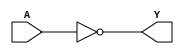
`timescale  1ns /  10ps

`celldefine

/* NOT */

module inv (
  input  wire A ,
  output wire Y );
  not (Y, A);
endmodule


/* BUFIF1 */

module tribuf (
  input  wire A ,
  input  wire E ,
  output wire Y );
  bufif1 (Y, A, E);
endmodule


/* AND */


/* NAND */

module nd2 (
  input  wire A ,
  input  wire B ,
  output wire Y );
  nand (Y, A, B);
endmodule

module nd3 (
  input  wire A ,
  input  wire B ,
  input  wire C ,
  output wire Y );
  nand (Y, A, B, C);
endmodule

module nd8 (
  input  wire A ,
  input  wire B ,
  input  wire C ,
  input  wire D ,
  input  wire E ,
  input  wire F ,
  input  wire G ,
  input  wire H ,
  output wire Y );
  nand (Y, A, B, C, D, E, F, G, H);
endmodule


/* OR */

module or2 (
  input  wire A ,
  input  wire B ,
  output wire Y );
  or (Y, A, B);
endmodule


/* NOR */

module nr2 (
  input  wire A ,
  input  wire B ,
  output wire Y );
  nor (Y, A, B);
endmodule

module nr3 (
  input  wire A ,
  input  wire B ,
  input  wire C ,
  output wire Y );
  nor (Y, A, B, C);
endmodule


/* AND-OR-INV */

module ao21 (
  input  wire A ,
  input  wire B ,
  input  wire C ,
  output wire Y );
  and (ab, A, B);
  nor (Y, ab, C);
endmodule

module ao211 (
  input  wire A ,
  input  wire B ,
  input  wire C ,
  input  wire D ,
  output wire Y );
  and (ab, A, B);
  nor (Y, ab, C, D);
endmodule


/* OR-AND-INV */

module oa21 (
  input  wire A ,
  input  wire B ,
  input  wire C ,
  output wire Y );
  or (ab, A, B);
  nand (Y, ab, C);
endmodule

module oa211 (
  input  wire A ,
  input  wire B ,
  input  wire C ,
  input  wire D ,
  output wire Y );
  or (ab, A, B);
  nand (Y, ab, C, D);
endmodule


/* D-TYPE FLIP-FLOPS */
// Master Slave D Flipflop Implementation

module dff_neg (
  input  wire D   ,
  input  wire CKN ,
  output wire Q   );
  buf (ckn, CKN); not (ck, CKN);
  buf (d, D); not (dn, D);
  nand (mpqn, ckn, d); nand (mpq, ckn, dn);
  nand (mq, mqn, mpqn); nand (mqn, mq, mpq);
  nand (spqn, ck, mq); nand (spq, ck, mqn);
  nand (Q, QN, spqn); nand (QN, Q, spq);
endmodule

module dffr (
  input  wire D  ,
  input  wire CK ,
  input  wire RN ,
  output wire Q  );
  buf (ck, CK); not (ckn, CK);
  buf (d, D); not (dn, D);
  nand (mpqn, ckn, d); nand (mpq, ckn, dn);
  nand (mq, mqn, mpqn); nand (mqn, mq, mpq, RN);
  nand (spqn, ck, mq); nand (spq, ck, mqn);
  nand (Q, QN, spqn); nand (QN, Q, spq, RN);
endmodule

module dffs (
  input  wire D  ,
  input  wire CK ,
  input  wire SN ,
  output wire Q  ,
  output wire QN );
  buf (ck, CK); not (ckn, CK);
  buf (d, D); not (dn, D);
  nand (mpqn, ckn, d); nand (mpq, ckn, dn);
  nand (mq, mqn, mpqn, SN); nand (mqn, mq, mpq);
  nand (spqn, ck, mq); nand (spq, ck, mqn);
  nand (Q, QN, spqn, SN); nand (QN, Q, spq);
endmodule

module dffrs (
  input  wire D  ,
  input  wire CK ,
  input  wire RN ,
  input  wire SN ,
  output wire Q  ,
  output wire QN );
  buf (ck, CK); not (ckn, CK);
  buf (d, D); not (dn, D);
  nand (mpqn, ckn, d); nand (mpq, ckn, dn);
  nand (mq, mqn, mpqn, SN); nand (mqn, mq, mpq, RN);
  nand (spqn, ck, mq); nand (spq, ck, mqn);
  nand (Q, QN, spqn, SN); nand (QN, Q, spq, RN);
endmodule

`endcelldefine